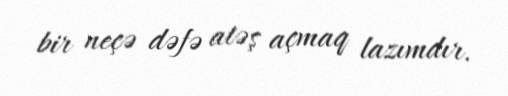
bir neçə dəfə atəş açmaq lazımdır.